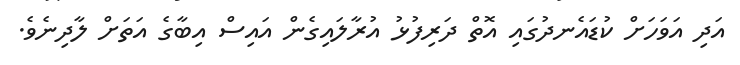
އަދި އަވަހަށް ކުޑައެނދުގައި އޮތް ދަރިފުޅު އުރާލައިގެން އައިސް އިބާގެ އަތަށް ލާދިނެވެ.